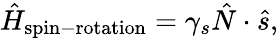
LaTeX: \begin{array}{r}{\hat{H}_{\mathrm{spin-rotation}}=\gamma_{s}\hat{N}\cdot\hat{s},}\end{array}